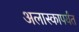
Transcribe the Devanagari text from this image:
अलास्कापर्यंत